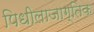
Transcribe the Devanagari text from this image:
पिधीलाजाग्तिक